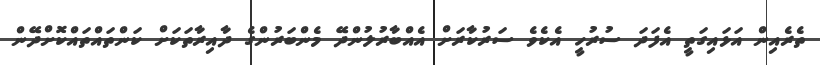
ތެރެއިން އަޅައިގަތީ އެފަދަ ސުރުހީ އެކެވެ ސަރުކާރަށް އެއްބާރުލުންދޭ މެންބަރުންގެ ދާއިރާތަކަށް ކަންތައްތައްކޮށްދޭން